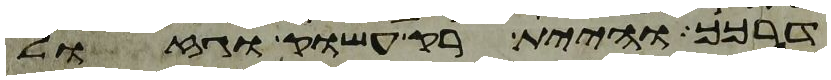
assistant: דרכך והיית רק עשוק וגזול